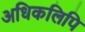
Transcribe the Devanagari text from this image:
अधिकलिपि